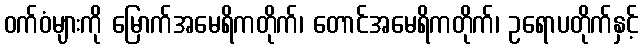
ဝက်ဝံများကို မြောက်အမေရိကတိုက်၊ တောင်အမေရိကတိုက်၊ ဥရောပတိုက်နှင့်